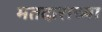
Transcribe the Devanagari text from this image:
मतदाराच्या